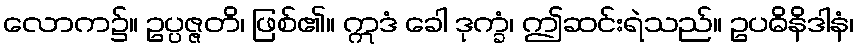
လောက၌။ ဥပ္ပဇ္ဇတိ၊ ဖြစ်၏။ ဣဒံ ခေါ ဒုက္ခံ၊ ဤဆင်းရဲသည်။ ဥပဓိနိဒါနံ၊